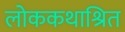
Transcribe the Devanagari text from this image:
लोककथाश्रित